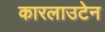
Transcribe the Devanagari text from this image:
कारलाउटेन